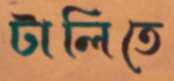
টালিতে